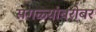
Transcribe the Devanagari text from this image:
सगळ्यांबरोबर